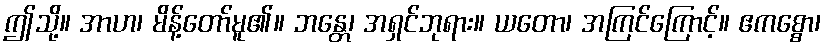
ဤသို့။ အာဟ၊ မိန့်တော်မူ၏။ ဘန္တေ၊ အရှင်ဘုရား။ ယတော၊ အကြင်ကြောင့်။ ဧကစ္စော၊